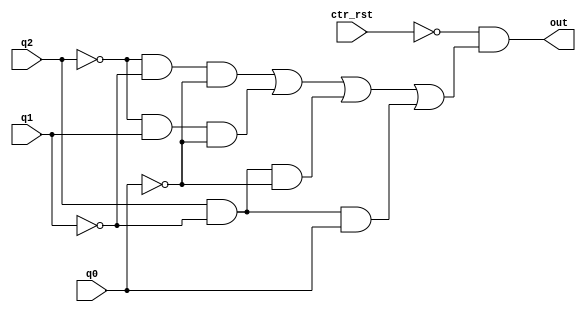
module d0_logic(q0,q1,q2,ctr_rst,out);

input q0, q1, q2, ctr_rst;

output out;

assign out = (~ctr_rst & ((~q2&~q1&~q0) | (~q2&q1&~q0) | (q2&~q1&~q0) | (q2&~q1&q0)));

endmodule